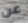
عن